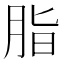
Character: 脂